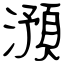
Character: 澦